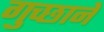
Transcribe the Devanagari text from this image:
गुच्छाने